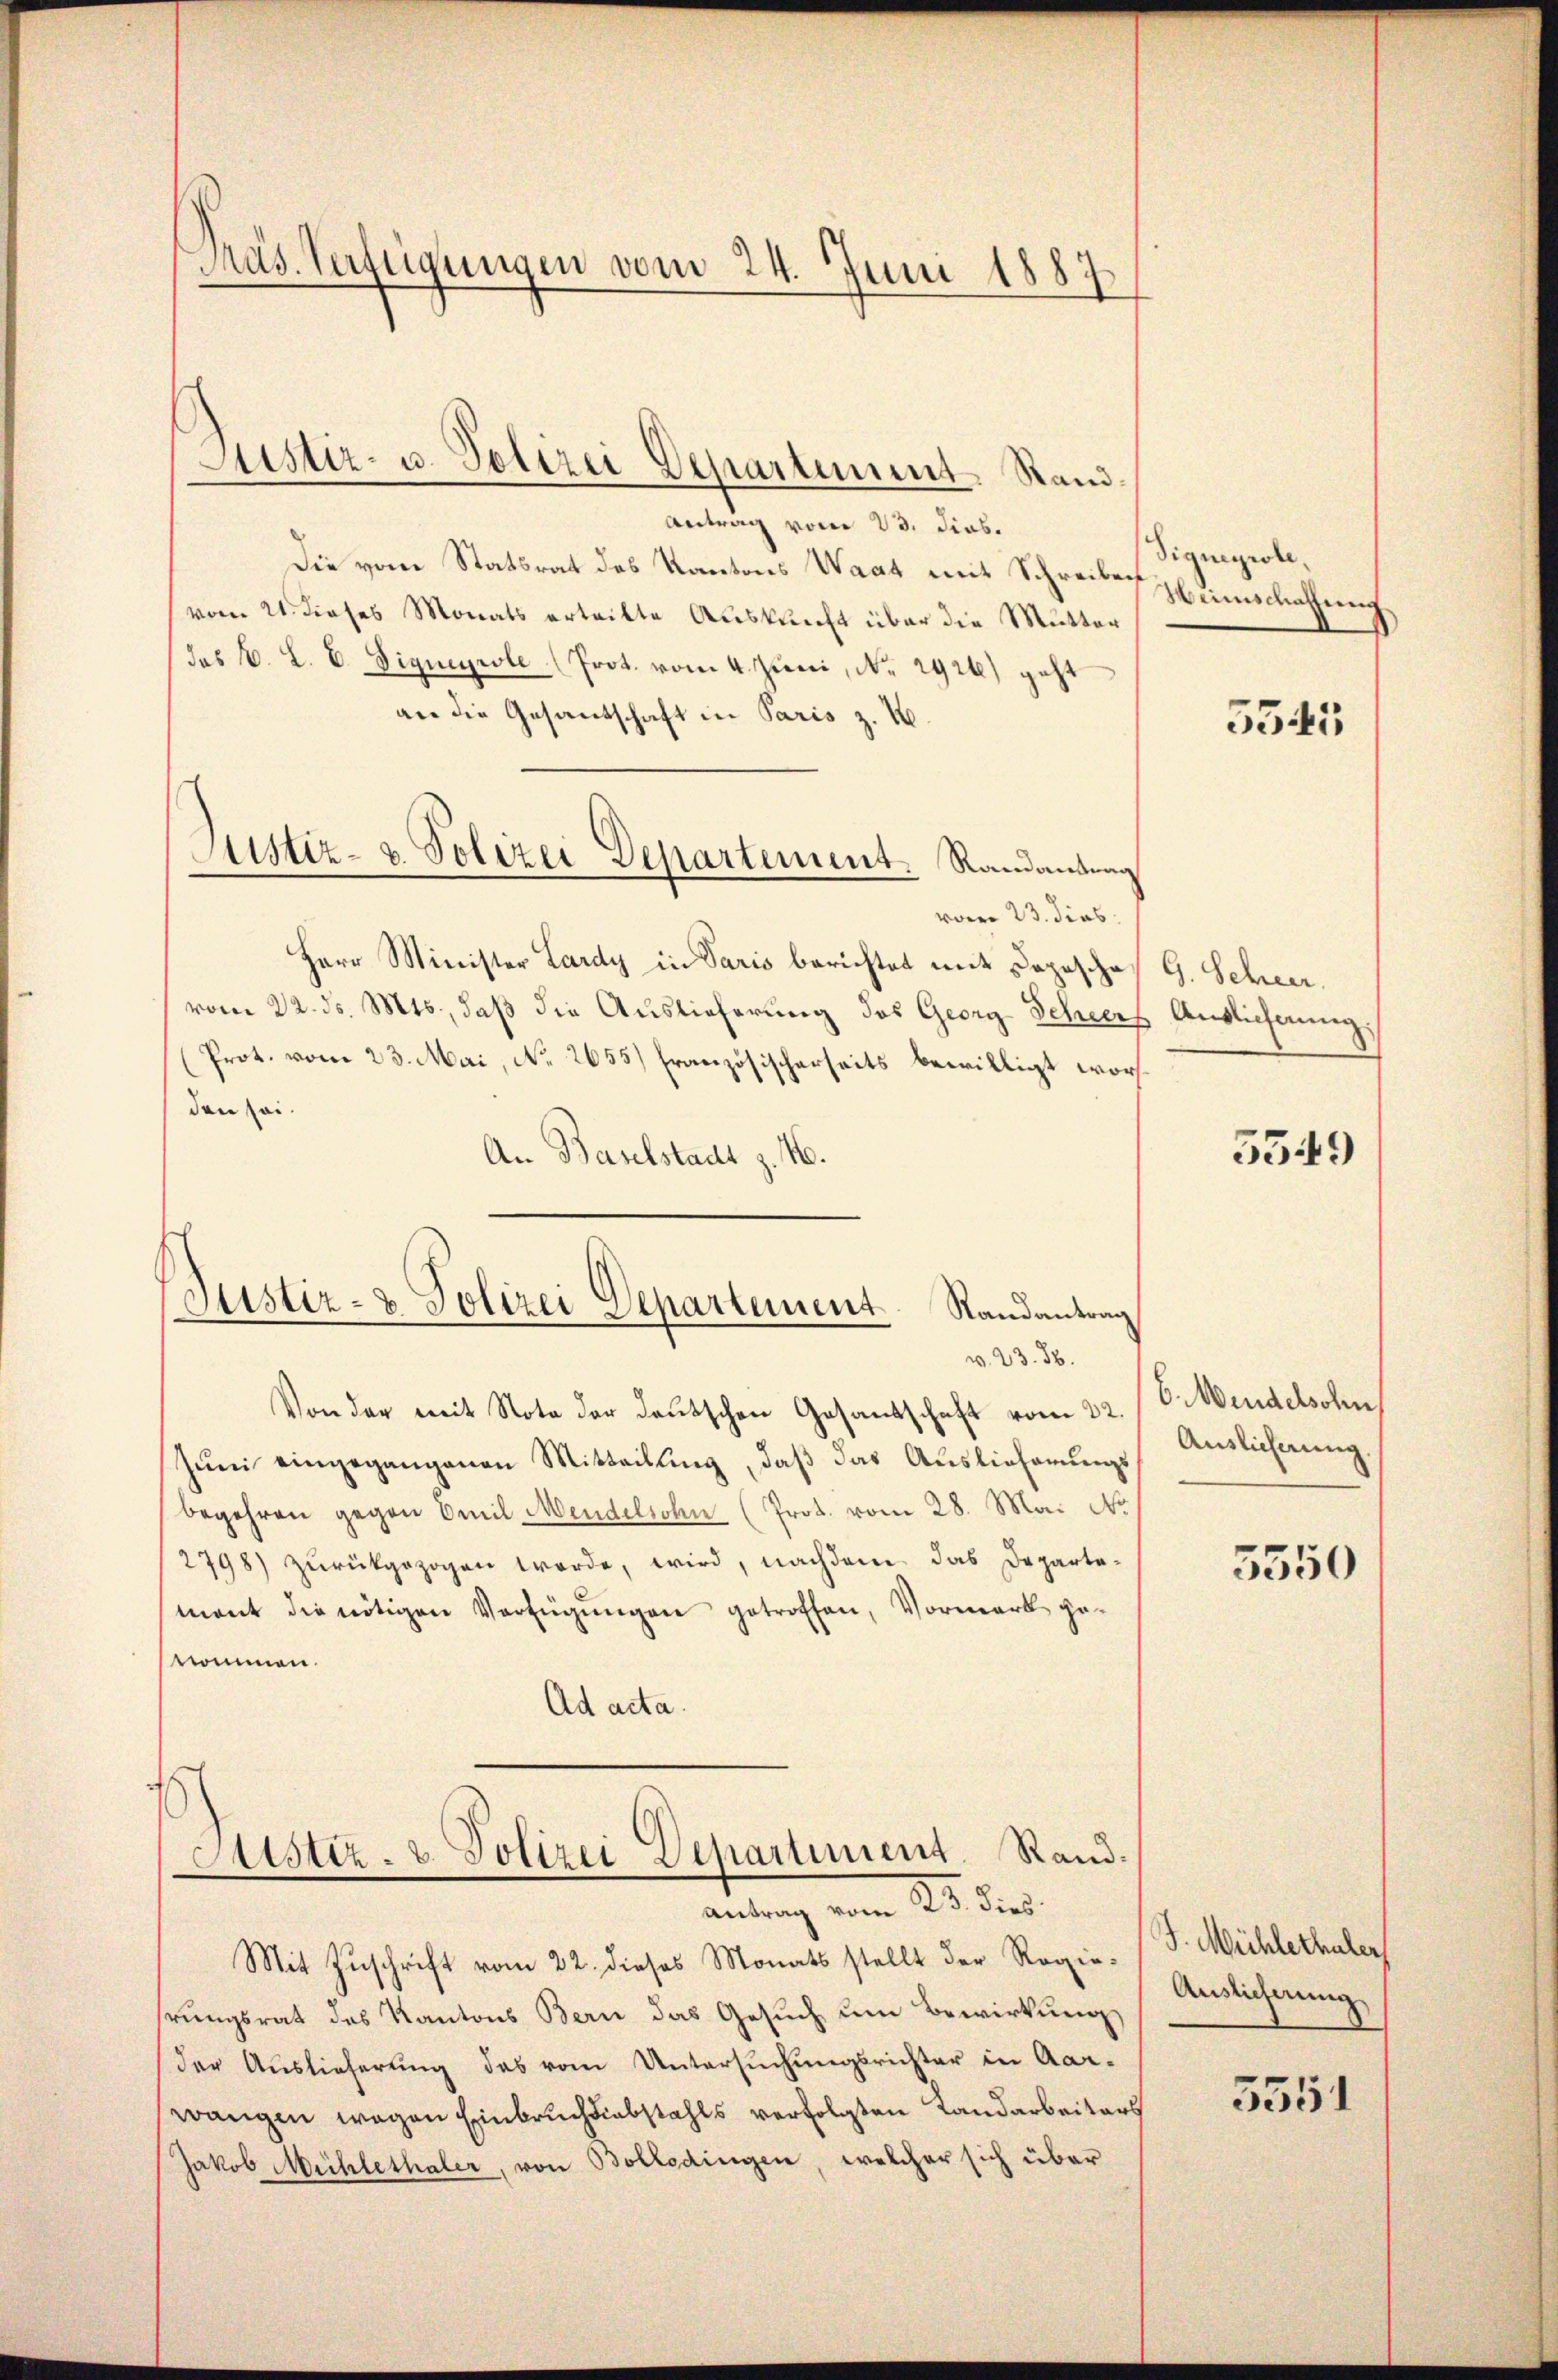
Präs. Verfügungen vom 24. Juni 1887

Justiz- u. Polizei Departement. Rand¬

Antrag vom 23. dies.
Die vom Statsrat des Kantons Waat mit Schreibes umschaffung,
(vom 21. dieses Monats erteilte Auskunft über die Mutter
das k. L. E. Signeyrole (Prot. vom 4. Juni, Nr. 2926) geht
an die Gesantschaft in Paris z. B.
vom 23. dies
Herr Minister Lardy in Paris berichtet mit Depesche
vom 22. ds. Mts., daß die Auslieferung des Georg Scheerf Ansichnung.
(Prot. vom 23. Mai, No. 2655) Französischerseits bewilligt worden sei.
An Baselstadt z. 4.
Von der mit Note der deutschen Gesandschaft vom 22. C. Wendelsohn
Juni eingegangenen Mitteilung, daß das Auslieferungsbegehren gegen Emil Mendelsohn (Prot. vom 28. Mai No
2798) zŭrückgezogen werde, wird, nachdem das Departe-
mant die nötigen Verfügungen getroffen, Vormerk genommen.
Ad acta.
Atstiz- & Polizei Departiment. Rand¬
Antrag vom 23. dies
Mit Zuschrift vom 22. dieses Monats stellt der Regie-
hrungsrat des Kantons Bern das Gesuch um Bewirkung
der Auslieferung des vom Untersuchungsrichter in Aar-
wangen wegen Einbruchsabstahls verfolgten Landarbeiters
Jakob Mühlethaler, von Bolledingen, welcher sich über

Justiz- & Polizei Departement. Randantrag

Justiz- & Polizei Departement Randantrag
v. 23. 38.

Signeyrole,

5545

G. Scheer.

5549

Auslicherung.

5350

J. Mühlethaler
Auslicherung

5351